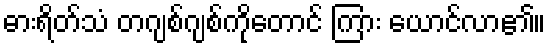
ဓားရိတ်သံ တဂျစ်ဂျစ်ကိုတောင် ကြား ယောင်လာ၏။